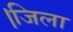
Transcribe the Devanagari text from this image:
।जिला